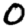
Digit: 0